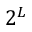
2 ^ { L }